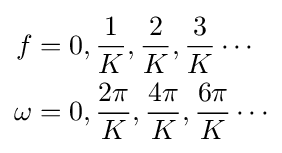
{\begin{aligned}f&=0,{\frac {1}{K}},{\frac {2}{K}},{\frac {3}{K}}\cdots \\\omega &=0,{\frac {2\pi }{K}},{\frac {4\pi }{K}},{\frac {6\pi }{K}}\cdots \end{aligned}}